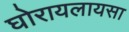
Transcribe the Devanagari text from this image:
घोरायलायसा